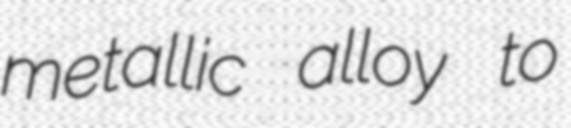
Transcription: metallic alloy to